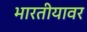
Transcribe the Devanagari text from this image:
भारतीयावर